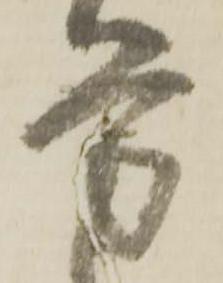
労